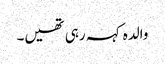
والدہ کہہ رہی تھیں۔